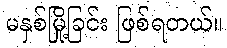
မနှစ်မြို့ခြင်း ဖြစ်ရတယ်။